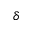
\delta